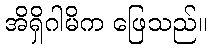
အိရှိဂါမိက ဖြေသည်။